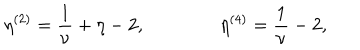
\eta ^ { ( 2 ) } = { \frac { 1 } { \nu } } + \eta - 2 , \qquad \qquad \eta ^ { ( 4 ) } = { \frac { 1 } { \nu } } - 2 ,